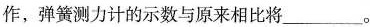
操作，弹簧测力计的示数与原来相比将___。